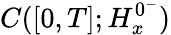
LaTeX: C([0,T];H_{x}^{0^{-}})